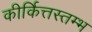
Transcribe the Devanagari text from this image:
कीर्कित्तस्तम्भ